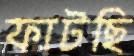
ফাটছি